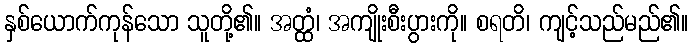
နှစ်ယောက်ကုန်သော သူတို့၏။ အတ္ထံ၊ အကျိုးစီးပွားကို။ စရတိ၊ ကျင့်သည်မည်၏။